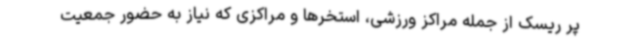
پر ریسک از جمله مراکز ورزشی، استخرها و مراکزی که نیاز به حضور جمعیت